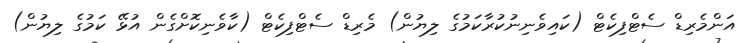
އަންމެރިޑް ސެޓްފިކެޓް (ކައިވެނިނުކުރާކަމުގެ ލިޔުން) މެރިޑް ސެޓްފިކެޓް (ކާވެނިކޮށްގެން އުޅޭ ކަމުގެ ލިޔުން)